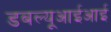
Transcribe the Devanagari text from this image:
डबल्यूआईआई